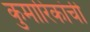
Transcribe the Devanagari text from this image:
कुमारिकांची